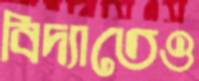
বিদ্যাতেও